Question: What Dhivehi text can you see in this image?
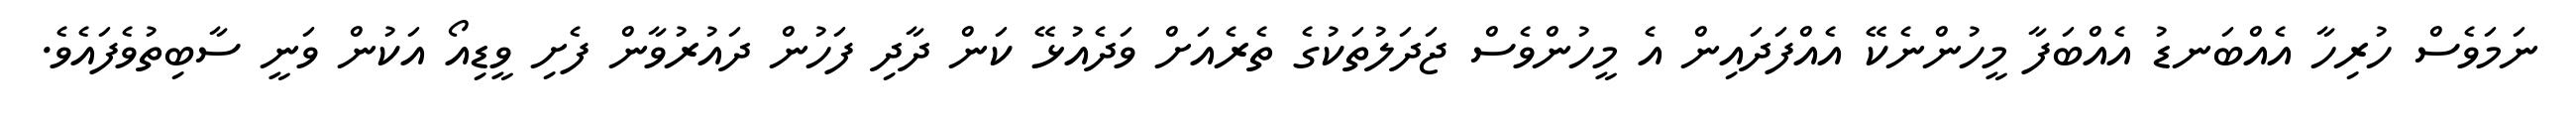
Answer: ނަމަވެސް ހުރިހާ އެއްބަނޑު އެއްބަފާ މީހުންނެކޭ އެއްފަދައިން އެ މީހުންވެސް ޖަދަލުތަކުގެ ތެރެއަށް ވަދެއުޅޭ ކަން ދާދި ފަހުން ދައުރުވާން ފެށި ވީޑިއޯ އަކުން ވަނީ ސާބިތުވެފައެވެ.